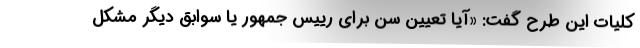
کلیات این طرح گفت: «آیا تعیین سن برای رییس جمهور یا سوابق دیگر مشکل